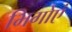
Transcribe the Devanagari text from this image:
भिगोएं